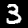
Digit: 3